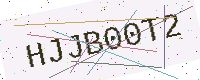
Text: HJJB00T2